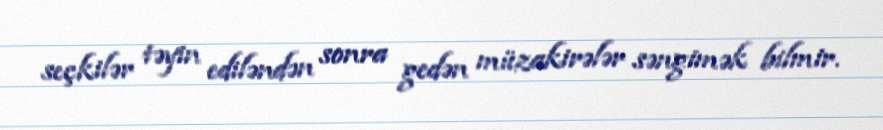
seçkilər təyin ediləndən sonra gedən müzakirələr səngimək bilmir.